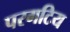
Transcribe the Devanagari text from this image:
परगटिय